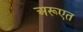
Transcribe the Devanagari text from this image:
अरूएत